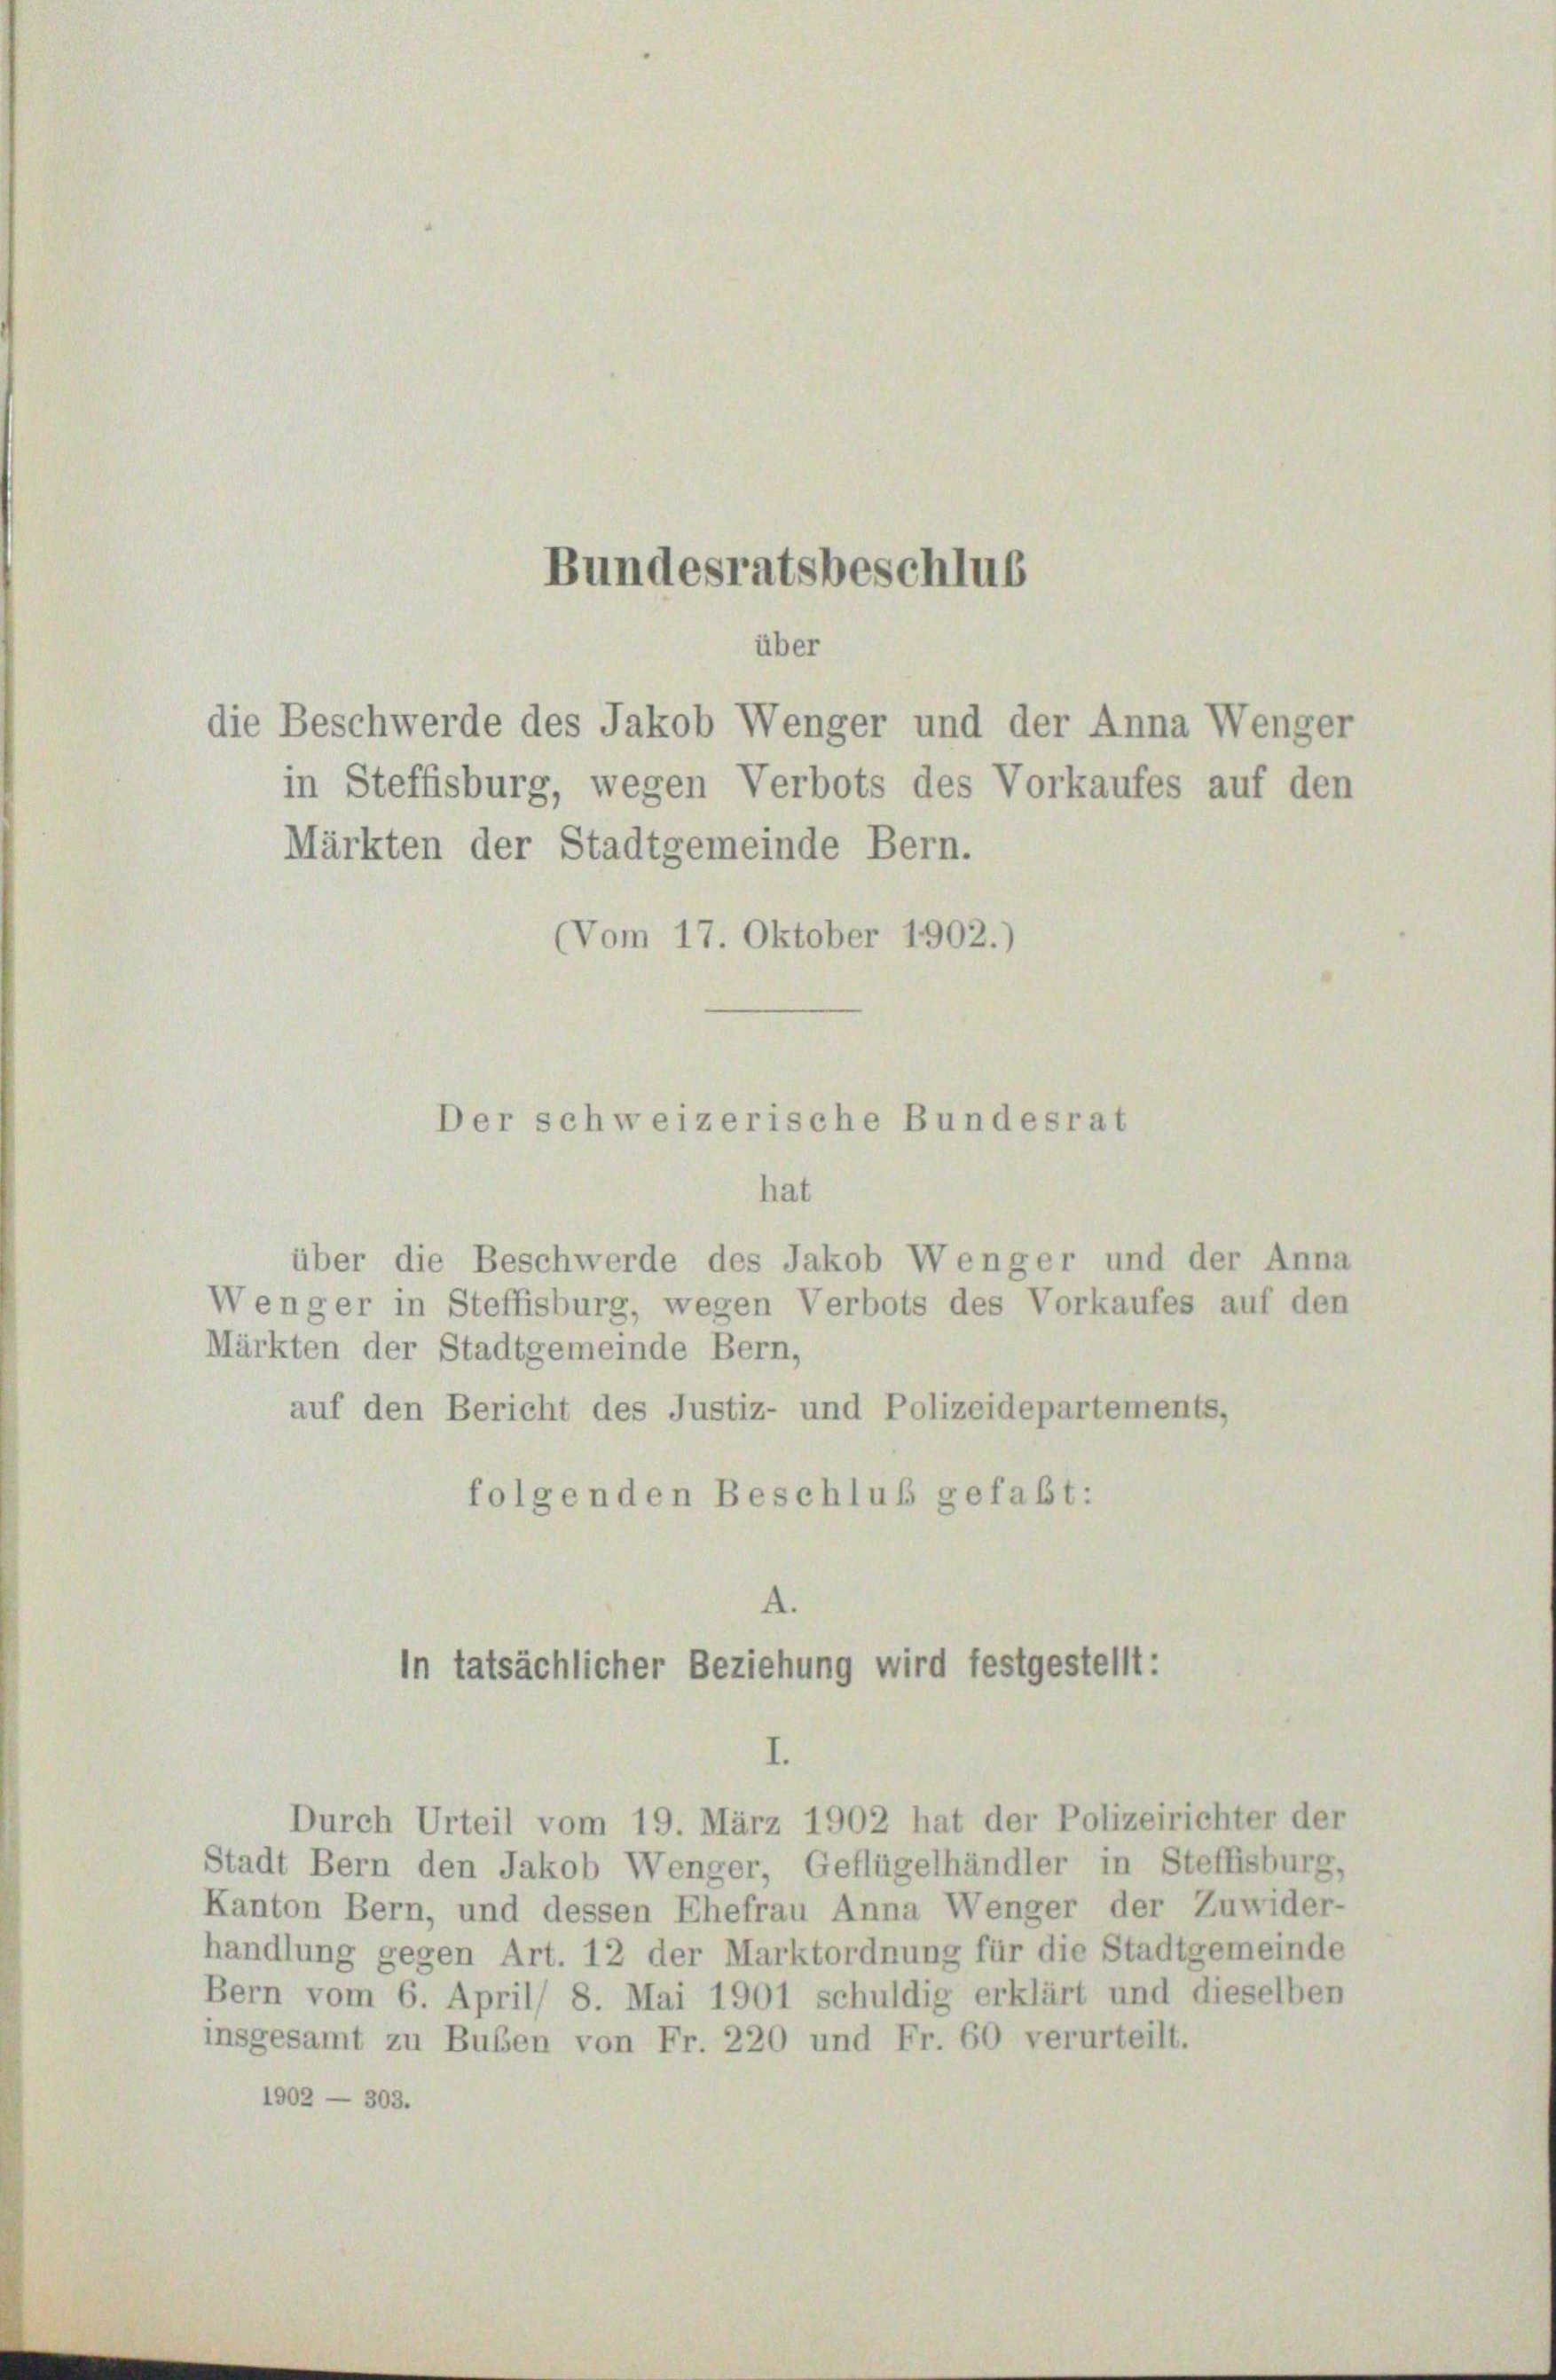
hat
über die Beschwerde des Jakob Wenger und der Anna
Wenger in Steffisburg, wegen Verbots des Vorkaufes auf den
Märkten der Stadtgemeinde Bern,
auf den Bericht des Justiz- und Polizeidepartements,
folgenden Beschluß gefaßt:

Bundesratsbeschlus
über
die Beschwerde des Jakob Wenger und der Anna Wenger
in Steffisburg, wegen Verbots des Vorkaufes auf den
Märkten der Stadtgemeinde Bern.

(Vom 17. Oktober 1902.)

Durch Urteil vom 19. März 1902 hat der Polizeirichter der
Stadt Bern den Jakob Wenger, Geflügelhändler in Steffisburg,
Kanton Bern, und dessen Ehefrau Anna Wenger der Zuwider-
handlung gegen Art. 12 der Marktordnung für die Stadtgemeinde
Bern vom 6. April 8. Mai 1901 schuldig erklärt und dieselben
insgesamt zu Buben von Fr. 220 und Fr. 60 verurteilt.
1902 — 303.

Der schweizerische Bundesrat

A.
In tatsächlicher Beziehung wird festgestellt:
I.